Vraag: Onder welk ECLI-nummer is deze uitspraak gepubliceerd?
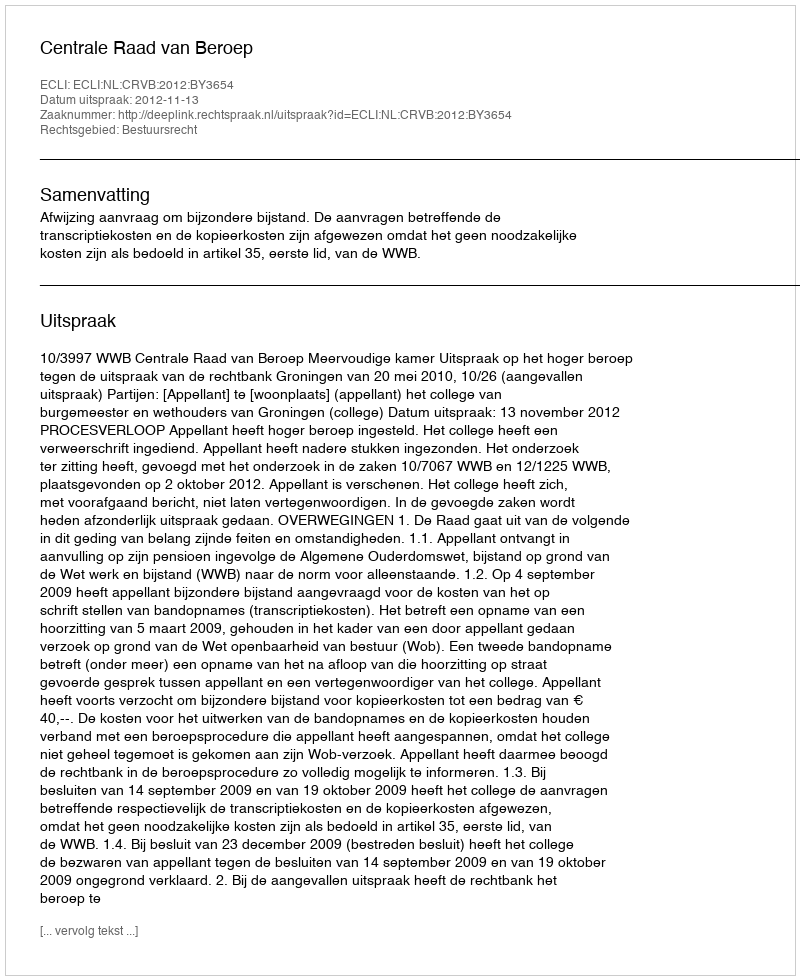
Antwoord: ECLI:NL:CRVB:2012:BY3654